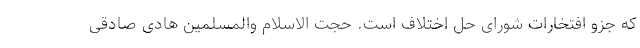
که جزو افتخارات شورای حل اختلاف است. حجت الاسلام والمسلمین هادی صادقی